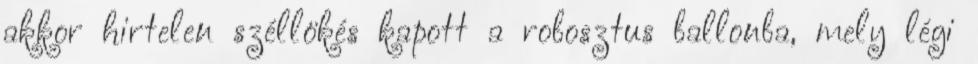
akkor hirtelen széllökés kapott a robosztus ballonba, mely légi